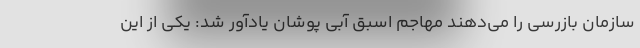
سازمان بازرسی را می‌دهند مهاجم اسبق آبی پوشان یادآور شد: یکی از این